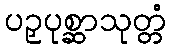
ပဉှပုစ္ဆာသုတ္တံ